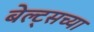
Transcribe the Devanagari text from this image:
बेल्ट्सच्या